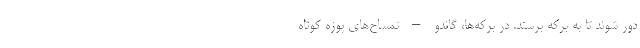
دور شوند تا به برکه برسند. در برکه‌ها، گاندو – تمساح‌های پوزه کوتاه